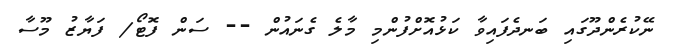
ނޭކުރެންދޫގައި ބަނދެފައިވާ ކަޅުއޮށްފުންމި މާލެ ގެނައުން -- ސަން ފޮޓޯ/ ފަޔާޒު މޫސާ